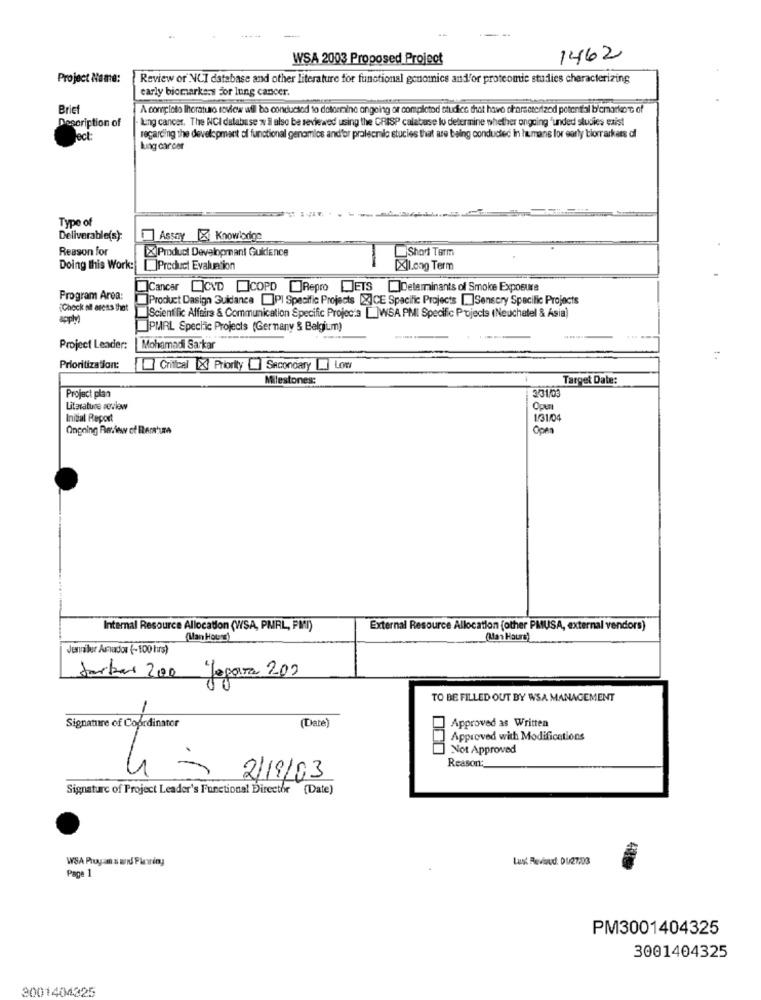
WSA 2003 Proposed Project
1462
Project Name:
Review or NCI database and other literature for functional genomics and'or proteomic studies characterizing
early biomarkers For lung cancer.
Brief
A conpleto Iloraturo review will be conducted to determine angoing or completod studies that have characterized potential b'emarken c of
Description of
- lung cancer. The NCI database w i also be reviewed using the CRISP calabase to determine whether ongoing "unded studies exist
lect:
regarding the development of functional genomlos and'for pralescraic stucies that are being conducted in humans for early tiorrarkers df
Luang carcer
Type of
Deliverable(s):
Assay X Knowlodge
Reason for
[X]Product Development Guidence
Short Term
Doing this Work:
Product Evaluation
[X]Long Term
Cancer CVD COPD Repro JETS ]Determinants of Smoke Exposure
Program Area:
Product Dasign Guidance []PI Specific Projects [X]CE Specific Projects [.]Senscry Specific Projects
Check of areas that
Scientific Affaire & Communication Specific Projects []WSA PMI Specific Projects (Neuchatel & Ásia)
PMRL Specific Projects (Germany & Belgium)
Project Leader:
Mohamadi Sarkar
Prioritization:
Chilcal X Priority Secondary Low
Milestones:
Target Date:
Project plan
331/03
Literature review
Opu
Initial Report
1/31/04
Ongoing Review of Bertura
Open
Internal Resource Allocation (WSA, PURL, PMI)
External Resource Allocation (other PMUSA, external vendors)
(Man Hours)
(Man Haurs)
Jennifer Amador (-100 turs)
Jarbas 200
Jogar 200
TO BE FILLED OUT BY WSA MANAGEMENT
(Date)
Signature of Coordinator
Approved as Written
Approved with Modifications
Not Approved
Reason:
2/19/03
Signature of Project Leader's Functional Director (Date)
WSA Plugam & wrd Flaaring
Lust Rowhoud: DU27:03
Page 1
PM3001404325
3001404325
3001404325